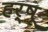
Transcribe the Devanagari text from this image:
हर्षू